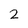
Character: 2